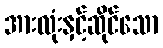
အားလုံးနှင့်ဆိုင်သော